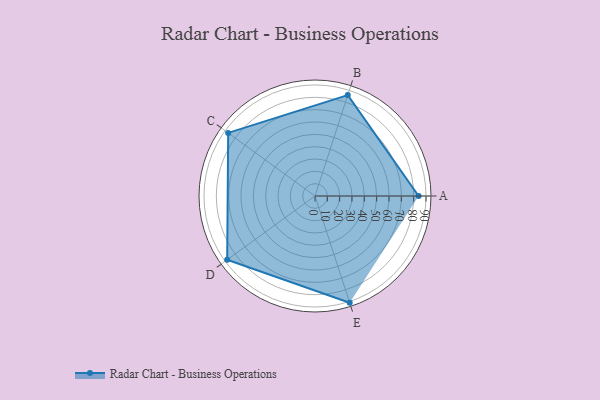
{"axis": {"x": "Skill", "y": "Score"}, "legend": ["Profile"], "data": [{"x": "A", "y": 84.0, "type": "Profile"}, {"x": "B", "y": 86.0, "type": "Profile"}, {"x": "C", "y": 87.0, "type": "Profile"}, {"x": "D", "y": 88.0, "type": "Profile"}, {"x": "E", "y": 91.0, "type": "Profile"}]}